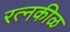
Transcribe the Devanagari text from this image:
रत्नकीळ